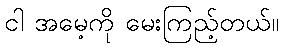
ငါ အမေ့ကို မေးကြည့်တယ်။